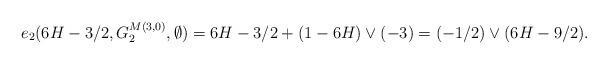
LaTeX: \begin{align*} e_2(6H-3/2,G^{M(3,0)}_{2},\emptyset)&= 6H-3/2 + (1-6H)\vee(-3) =(-1/2)\vee(6H-9/2). \end{align*}